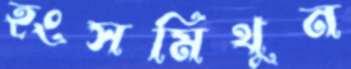
হংসমিথুন